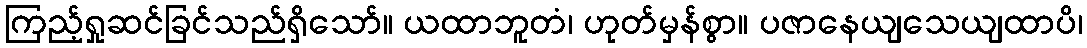
ကြည့်ရှုဆင်ခြင်သည်ရှိသော်။ ယထာဘူတံ၊ ဟုတ်မှန်စွာ။ ပဇာနေယျသေယျထာပိ၊